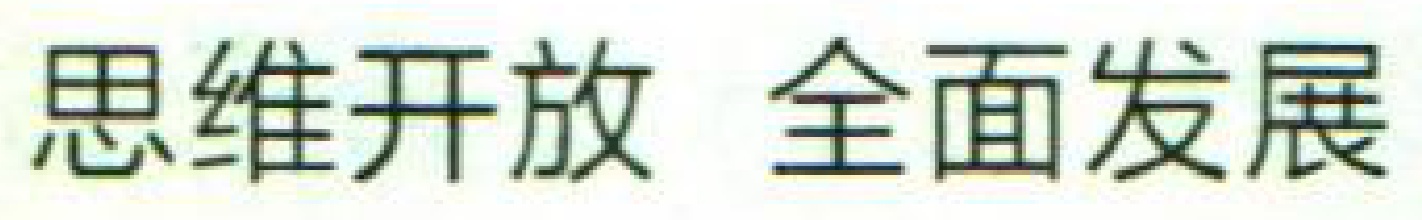
思维开放 全面发展